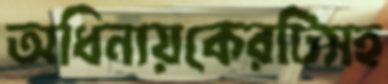
অধিনায়কেরটিসহ